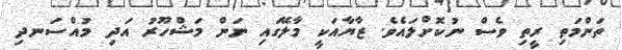
ތަންމަތި ރީތި ވެސް ނުކޮށްލައެވެ. ޒާޔާއަކީ މާލޭގައި ނަން މަޝްހޫރު އަދި މުއްސަނދި